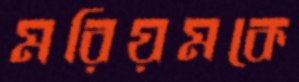
মরিয়মকে